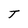
Character: T